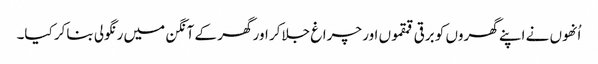
اُنھوں نے اپنے گھروں کو برقی قمقموں اور چراغ جلاکر اور گھر کے آنگن میں رنگولی بناکر کیا۔